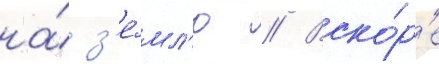
на́ з'е́мл'ю // Вско́р'е